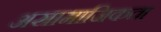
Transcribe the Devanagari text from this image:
असामाजिकता